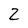
Character: 2